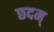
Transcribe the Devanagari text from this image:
छदम्